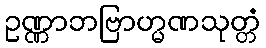
ဥဏ္ဏာဘဗြာဟ္မဏသုတ္တံ